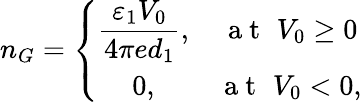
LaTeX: n_{G}=\left\{ \begin{array}{cc}{\displaystyle{\frac{\varepsilon_{1}V_{0}}{4\pi ed_{1}}},}&{\mathrm{~a~t~}\, \, V_{0}\geq 0}\\ {0,}&{\mathrm{~a~t~}\, \, V_{0}<0,}\end{array}\right.